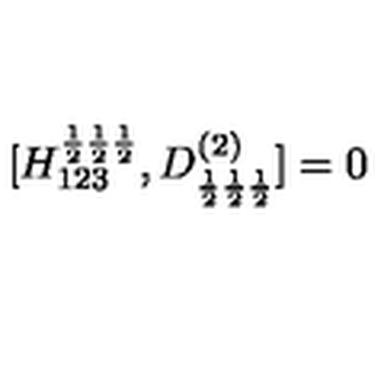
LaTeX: [ H _ { 1 2 3 } ^ { \frac { 1 } { 2 } \frac { 1 } { 2 } \frac { 1 } { 2 } } , D _ { \frac { 1 } { 2 } \frac { 1 } { 2 } \frac { 1 } { 2 } } ^ { ( 2 ) } ] = 0